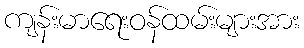
ကျန်းမာရေးဝန်ထမ်းများအား